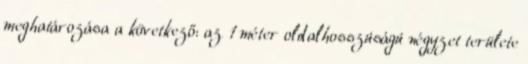
meghatározása a következő: az 1 méter oldalhosszúságú négyzet területe